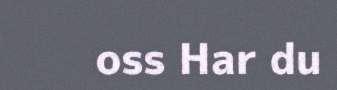
oss Har du